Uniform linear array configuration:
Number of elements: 8
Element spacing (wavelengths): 0.25
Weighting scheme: hamming
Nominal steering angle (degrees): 0
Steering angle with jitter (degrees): -1.133
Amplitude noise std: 0.05
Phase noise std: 0.05

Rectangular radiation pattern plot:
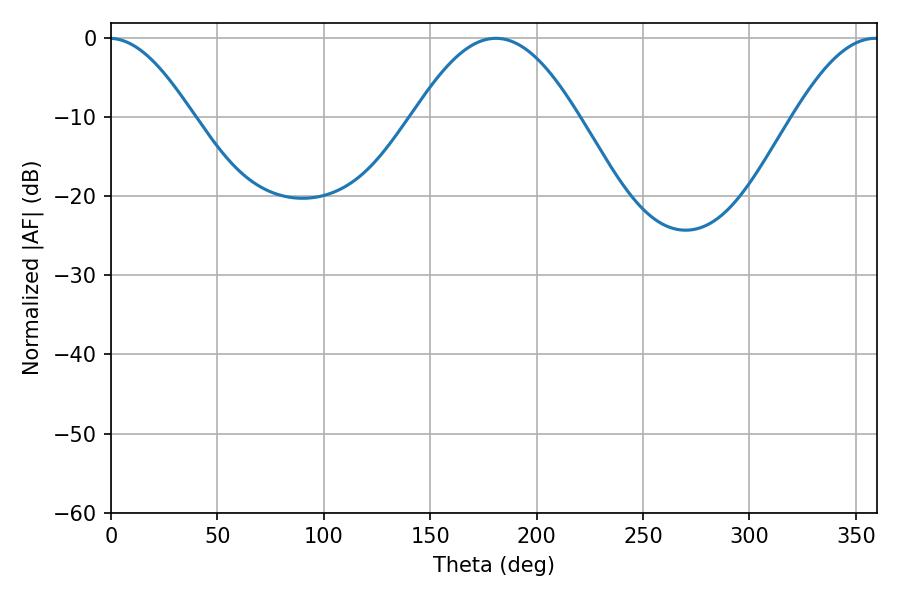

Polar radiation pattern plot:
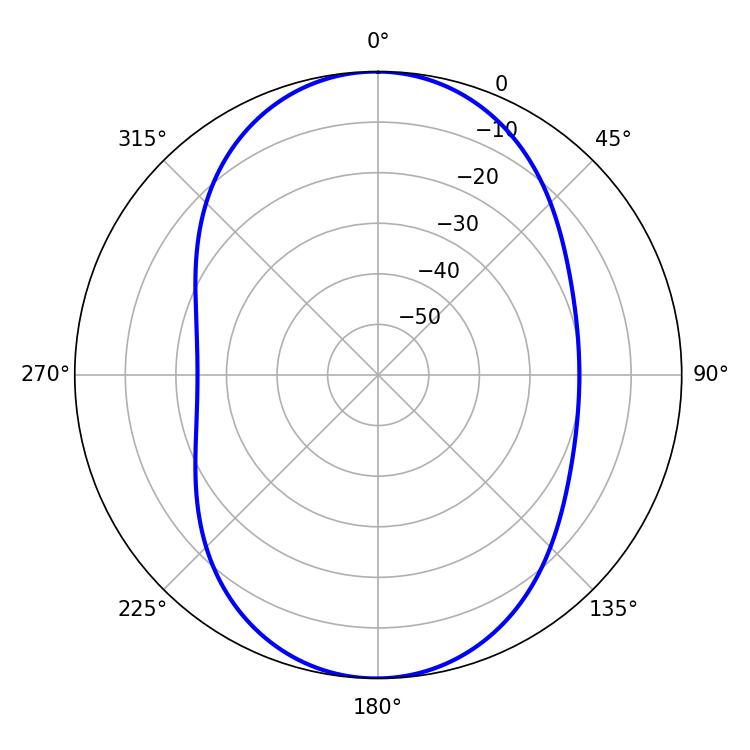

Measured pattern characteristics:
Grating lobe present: FALSE
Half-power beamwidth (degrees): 41.94
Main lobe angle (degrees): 180.9